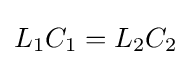
L_{1}C_{1}=L_{2}C_{2}